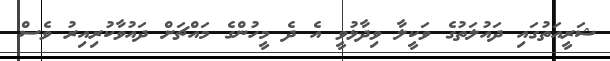
ޝަރީއަތުގައި ދައުލަތުގެ ވަކީލާ ވިދާޅުވީ އެ ދެ މީހުންގެ މައްޗަށް ދައުވާކުރިއިރު ވެސް